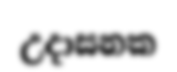
උදාසනක